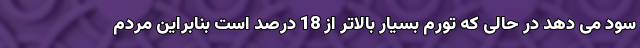
سود می دهد در حالی که تورم بسیار بالاتر از 18 درصد است بنابراین مردم